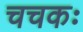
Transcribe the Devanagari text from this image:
चचकः